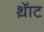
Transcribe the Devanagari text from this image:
थ़ॅाट